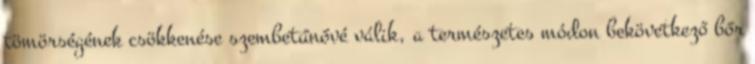
tömörségének csökkenése szembetűnővé válik, a természetes módon bekövetkező bőr